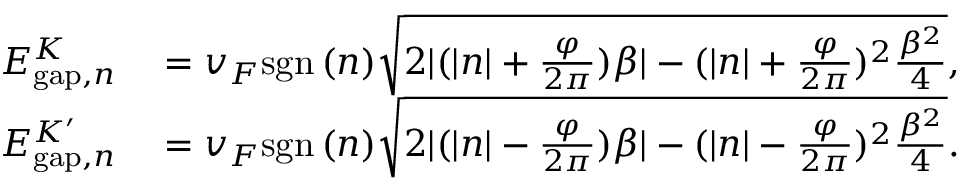
\begin{array} { r l } { E _ { \mathrm { g a p } , n } ^ { K } } & { { } = v _ { F } \mathrm { s g n } \, ( n ) \sqrt { 2 | ( | n | + \frac { \varphi } { 2 \pi } ) \beta | - ( | n | + \frac { \varphi } { 2 \pi } ) ^ { 2 } \frac { \beta ^ { 2 } } { 4 } } , } \\ { E _ { \mathrm { g a p } , n } ^ { K ^ { \prime } } } & { { } = v _ { F } \mathrm { s g n } \, ( n ) \sqrt { 2 | ( | n | - \frac { \varphi } { 2 \pi } ) \beta | - ( | n | - \frac { \varphi } { 2 \pi } ) ^ { 2 } \frac { \beta ^ { 2 } } { 4 } } . } \end{array}